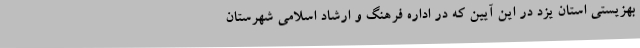
بهزیستی استان یزد در این آیین که در اداره فرهنگ و ارشاد اسلامی شهرستان